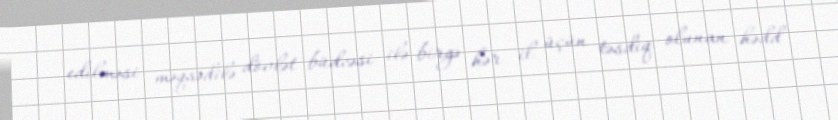
edilməsi məqsədilə dövlət büdcəsi ilə birgə hər il üçün təsdiq olunan hədd